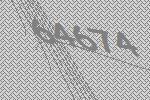
64674